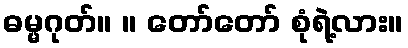
ဓမ္မဂုတ်။ ။ တော်တော် စုံရဲ့လား။